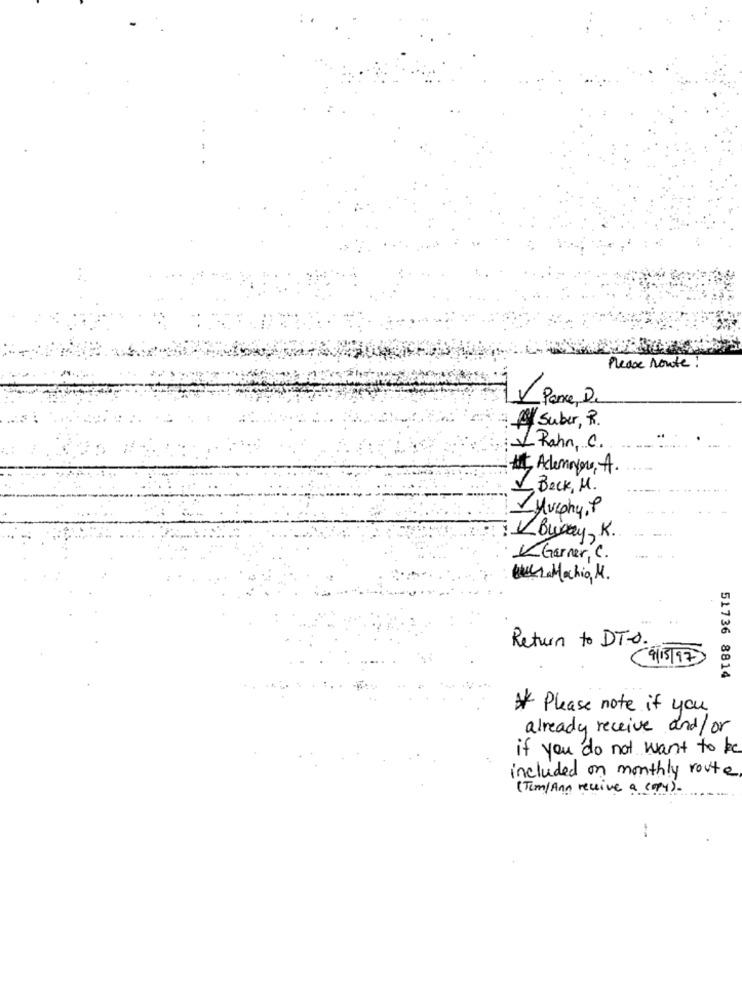
Please route :
/ Pance, D.
A/Suber, R.
L Rahn, C.
t Aclemoyens, A.
1 Beck, M.
Murphy, P
: VBway, K.
KGarner, C.
QueLa Machio, M.
Return to DT.A.
9/15/97
51736 8814
Please note if you
already receive and / or
if you do not want to be
included on monthly route
(Tem/ Ann receive a copy) .